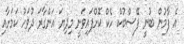
އެ ފާމުން ބުނީ ފޭސްބުކް ހެކް ކޮށްފައިވަނީ މިދިޔަ އަންގާރަ ދުވަހު ކަމަށާއި